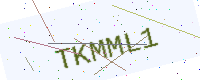
Text: TKMML1